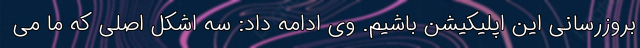
بروزرسانی این اپلیکیشن باشیم. وی ادامه داد: سه اشکل اصلی که ما می